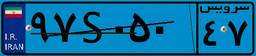
۹۷S۰۵۰۴۷